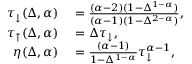
\begin{array} { r l } { \tau _ { \downarrow } ( \Delta , \alpha ) } & { { } = \frac { ( \alpha - 2 ) ( 1 - \Delta ^ { 1 - \alpha } ) } { ( \alpha - 1 ) ( 1 - \Delta ^ { 2 - \alpha } ) } , } \\ { \tau _ { \uparrow } ( \Delta , \alpha ) } & { { } = \Delta \tau _ { \downarrow } , } \\ { \eta ( \Delta , \alpha ) } & { { } = \frac { ( \alpha - 1 ) } { 1 - \Delta ^ { 1 - \alpha } } \tau _ { \downarrow } ^ { \alpha - 1 } , } \end{array}